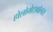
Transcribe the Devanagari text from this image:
होलोमेटाबोलस